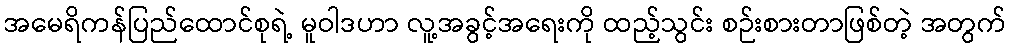
အမေရိကန်ပြည်ထောင်စုရဲ့ မူဝါဒဟာ လူ့အခွင့်အရေးကို ထည့်သွင်း စဉ်းစားတာဖြစ်တဲ့ အတွက်